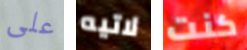
على لاتيه كنت